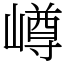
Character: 嶟